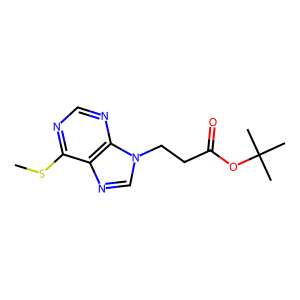
SMILES: CSc1ncnc2c1ncn2CCC(=O)OC(C)(C)C
Inhibits HIV replication: No